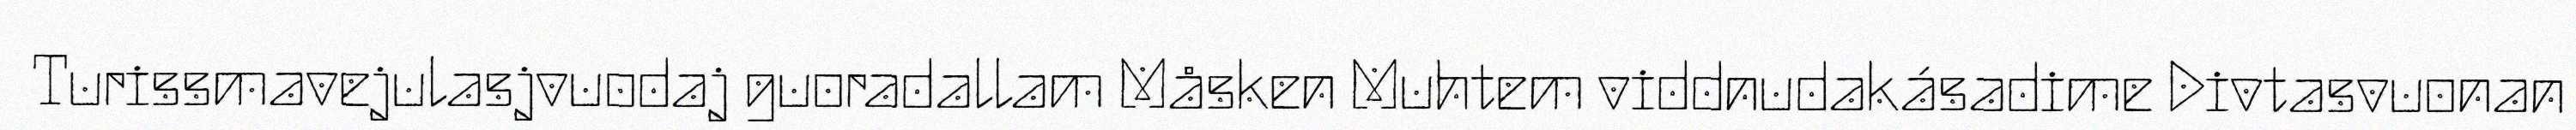
Turissmavejulasjvuodaj guoradallam Måsken Muhtem viddnudakásadime Divtasvuonan